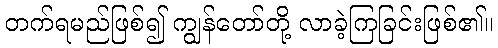
တက်ရမည်ဖြစ်၍ ကျွန်တော်တို့ လာခဲ့ကြခြင်းဖြစ်၏။